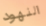
النهود